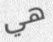
هي